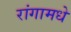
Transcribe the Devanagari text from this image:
रांगामधे